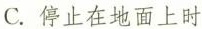
C.停止在地面上时